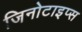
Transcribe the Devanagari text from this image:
जिनोटाइप्स